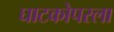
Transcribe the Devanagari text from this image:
घाटकोपरला